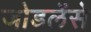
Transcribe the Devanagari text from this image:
जोडलेंसे